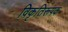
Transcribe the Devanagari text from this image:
विकृतिरूपक